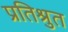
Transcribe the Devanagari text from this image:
प्रतिश्रुत